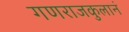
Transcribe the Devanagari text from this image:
गणराजकुलानं